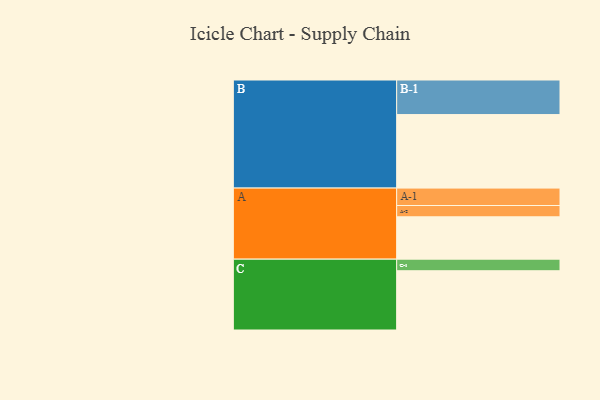
{"axis": {"x": "Segment", "y": "Value"}, "legend": ["", "A", "B", "C"], "data": [{"x": "A", "y": 333, "type": ""}, {"x": "B", "y": 578, "type": ""}, {"x": "C", "y": 466, "type": ""}, {"x": "A-1", "y": 137, "type": "A"}, {"x": "A-2", "y": 89, "type": "A"}, {"x": "B-1", "y": 272, "type": "B"}, {"x": "C-1", "y": 91, "type": "C"}]}